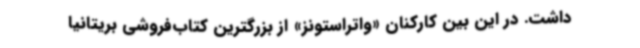
داشت. در این بین کارکنان «واتراستونز» از بزرگترین کتاب‌فروشی بریتانیا